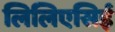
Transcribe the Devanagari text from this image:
लिलिएसिई